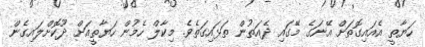
ހަޔާތީ އެއައިގޮތަށް އޭނަގެ މޭގައި ދެއަތުން ތަޅައިގަތެވެ. މިކާލް ހެމުން ހަޔާތީއަށް ދޫކޮށްލައިގެން